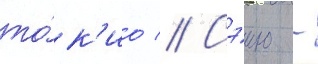
то́к'ио // Сэию -